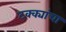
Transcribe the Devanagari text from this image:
टक्क्यांचा